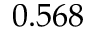
0 . 5 6 8